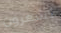
تشعرون